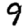
Digit: 9